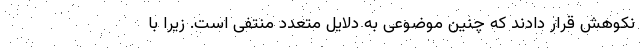
نکوهش قرار دادند که چنین موضوعی به دلایل متعدد منتفی است. زیرا با